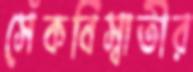
সেঁকবিস্বাতীর